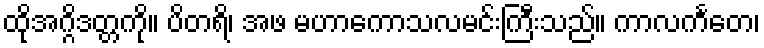
ထိုအဂ္ဂိဒတ္တကို။ ပိတရိ၊ အဖ မဟာကောသလမင်းကြီးသည်။ ကာလင်္ကတေ၊